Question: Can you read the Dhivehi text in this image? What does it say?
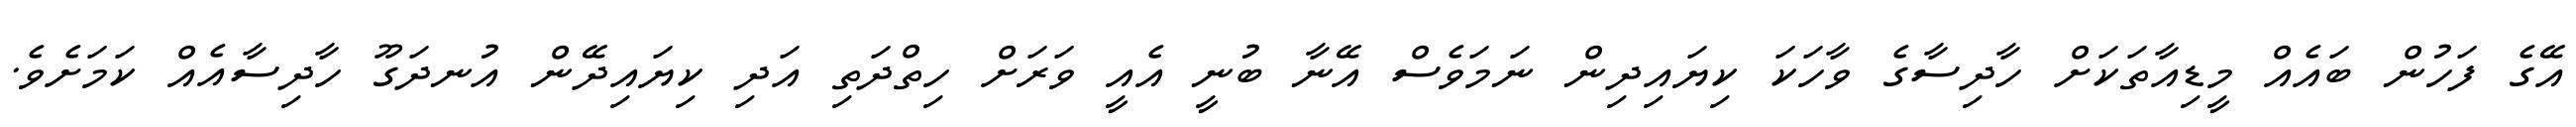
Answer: އޭގެ ފަހުން ބައެއް މީޑިއާތަކަށް ހާދިސާގެ ވާހަކަ ކިޔައިދިން ނަމަވެސް އޭނާ ބުނީ އެއީ ވަރަށް ހިތްދަތި އަދި ކިޔައިދޭން އުނދަގޫ ހާދިސާއެއް ކަމަށެވެ.